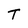
Character: T